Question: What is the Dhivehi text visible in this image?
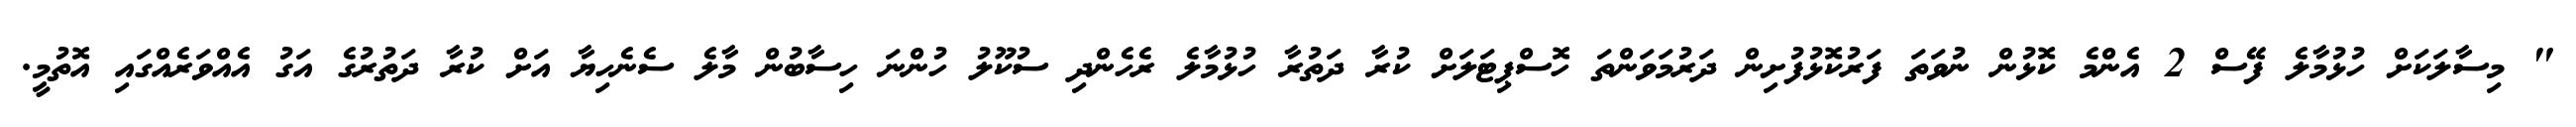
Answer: " މިސާލަކަށް ހުޅުމާލެ ފޭސް 2 އެންމެ ކޮޅުން ނުވަތަ ފަރުކޮޅުފުށިން ދަރުމަވަންތަ ހޮސްޕިޓަލަށް ކުރާ ދަތުރާ ހުޅުމާލެ ރެހެންދި ސުކޫލު ހުންނަ ހިސާބުން މާލެ ސެނެހިޔާ އަށް ކުރާ ދަތުރުގެ އަގު އެއްވަރެއްގައި އޮތުމީ.